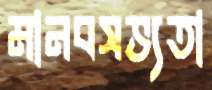
মানবসভ্যতা